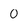
Character: 0